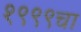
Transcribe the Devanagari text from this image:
१९९९चा